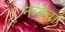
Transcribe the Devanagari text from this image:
नब्बैवा